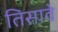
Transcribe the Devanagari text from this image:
तिसावे